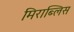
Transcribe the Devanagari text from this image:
मिराब्लिस